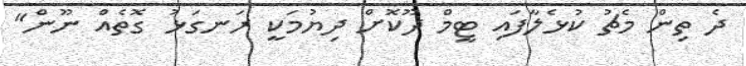
ދެ ތިން މެޗު ކުޅެލާފައި ޓީމް ދޫކޮށް ދިޔުމަކީ ރަނގަޅު ގޮތެއް ނޫން"